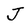
Character: J